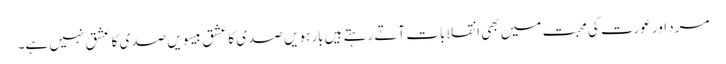
مرد اور عورت کی محبت میں بھی انقلابات آتے رہتے ہیں بارہویں صدی کا عشق بیسویں صدی کا عشق نہیں ہے۔